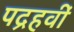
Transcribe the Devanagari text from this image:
पद्रहवीं